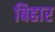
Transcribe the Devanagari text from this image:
बिहार